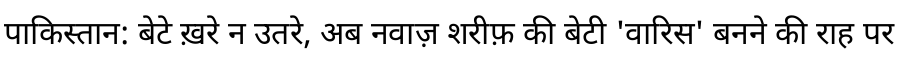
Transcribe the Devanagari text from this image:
पाकिस्तान: बेटे ख़रे न उतरे, अब नवाज़ शरीफ़ की बेटी 'वारिस' बनने की राह पर